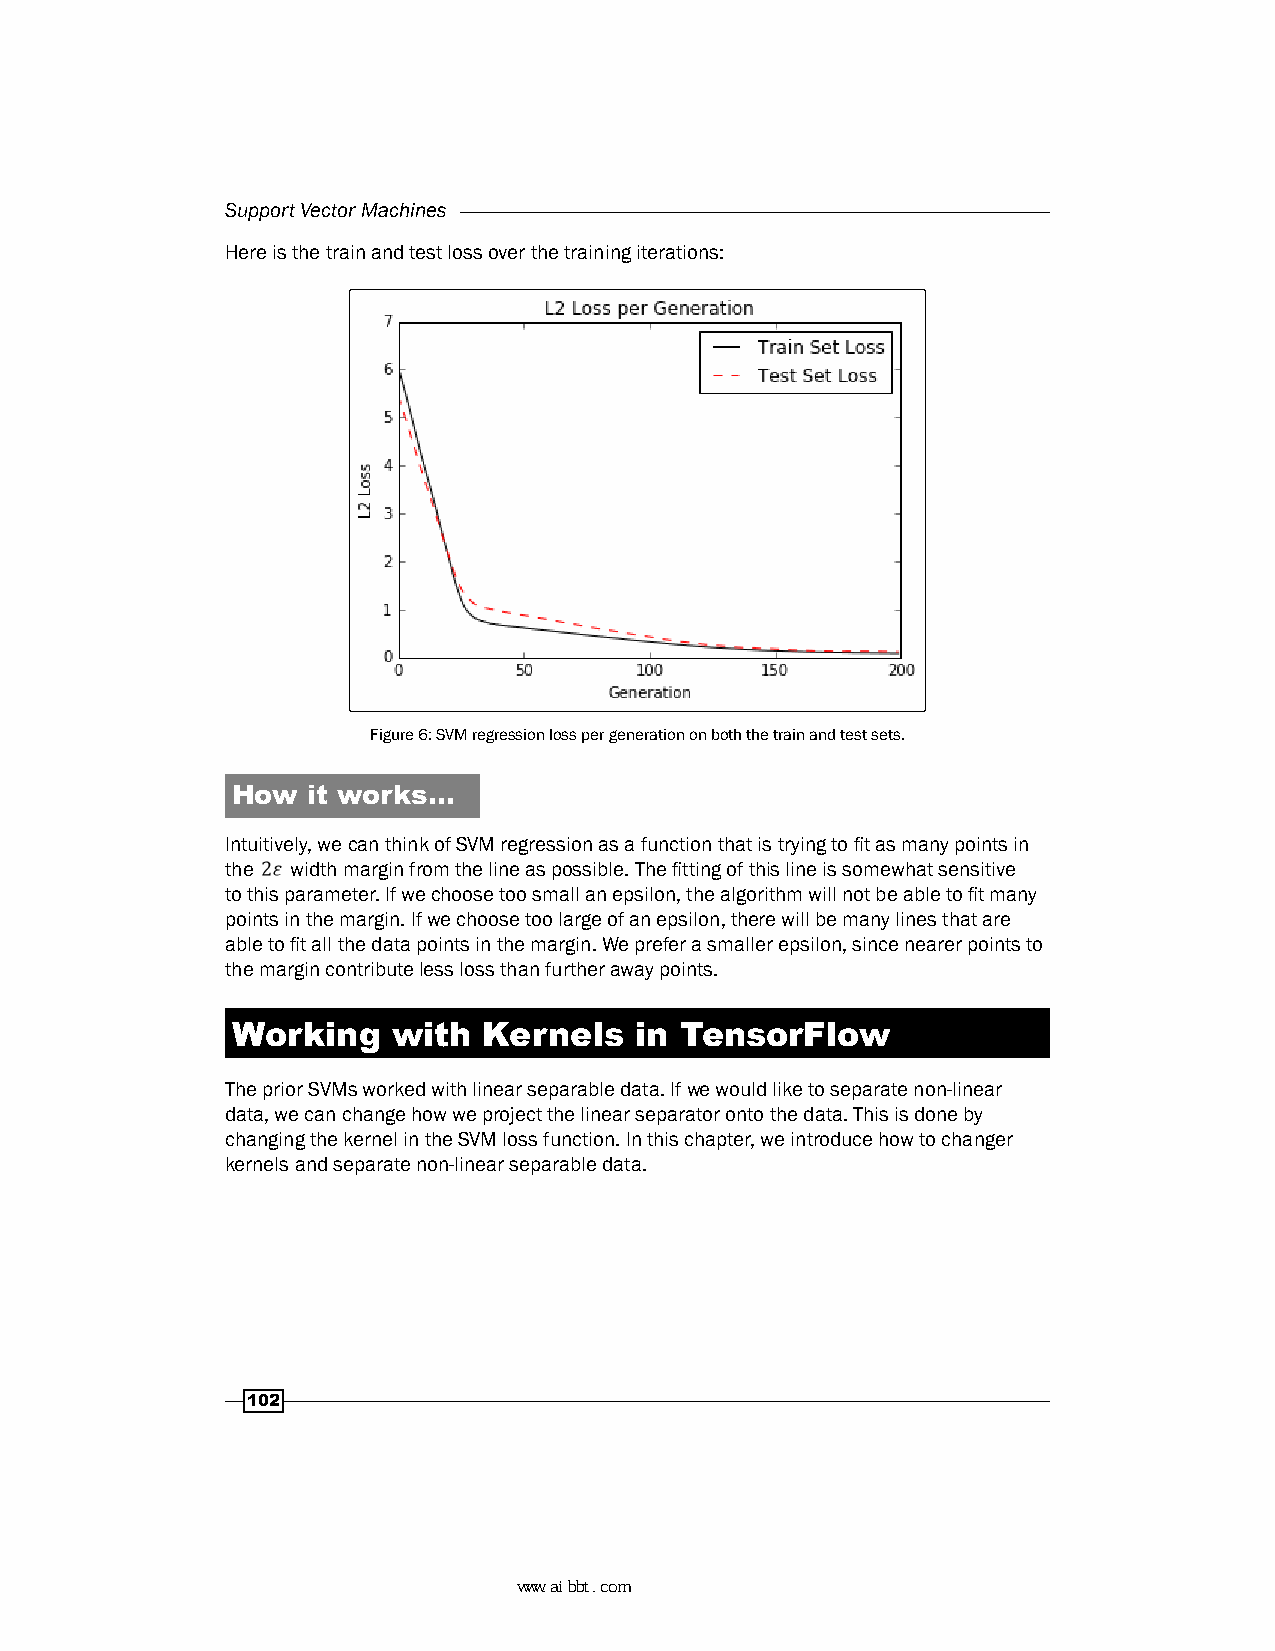
Support Vector Machines
 Here is the train and test loss over the training iterations:
 Figure 6: SVM regression loss per generation on both the train and test sets.
 How  it works…
 Intuitively, we can think of SVM regression as a function that is trying to fit as many points in
 the width margin from the line as possible. The fitting of this line is somewhat sensitive
 to this parameter. If we choose too small an epsilon, the algorithm will not be able to fit many
 points in the margin. If we choose too large of an epsilon, there will be many lines that are
 able to fit all the data points in the margin. We prefer a smaller epsilon, since nearer points to
 the margin contribute less loss than further away points.
 Working    with  Kernels   in TensorFlow
 The prior SVMs worked with linear separable data. If we would like to separate non-linear
 data, we can change how we project the linear separator onto the data. This is done by
 changing the kernel in the SVM loss function. In this chapter, we introduce how to changer
 kernels and separate non-linear separable data.
 102
 www.aibbt.com 让未来触手可及